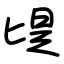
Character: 㔭